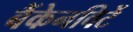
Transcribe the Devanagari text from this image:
बैंकेनविर्टे